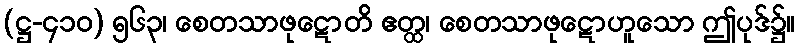
(ဋ္ဌ-၄၁၀) ၅၆၃၊ စေတသာဖုဋောတိ ဧတ္ထ၊ စေတသာဖုဋောဟူသော ဤပုဒ်၌။